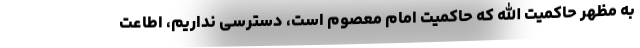
به مظهر حاکمیت الله که حاکمیت امام معصوم است، دسترسی نداریم، اطاعت